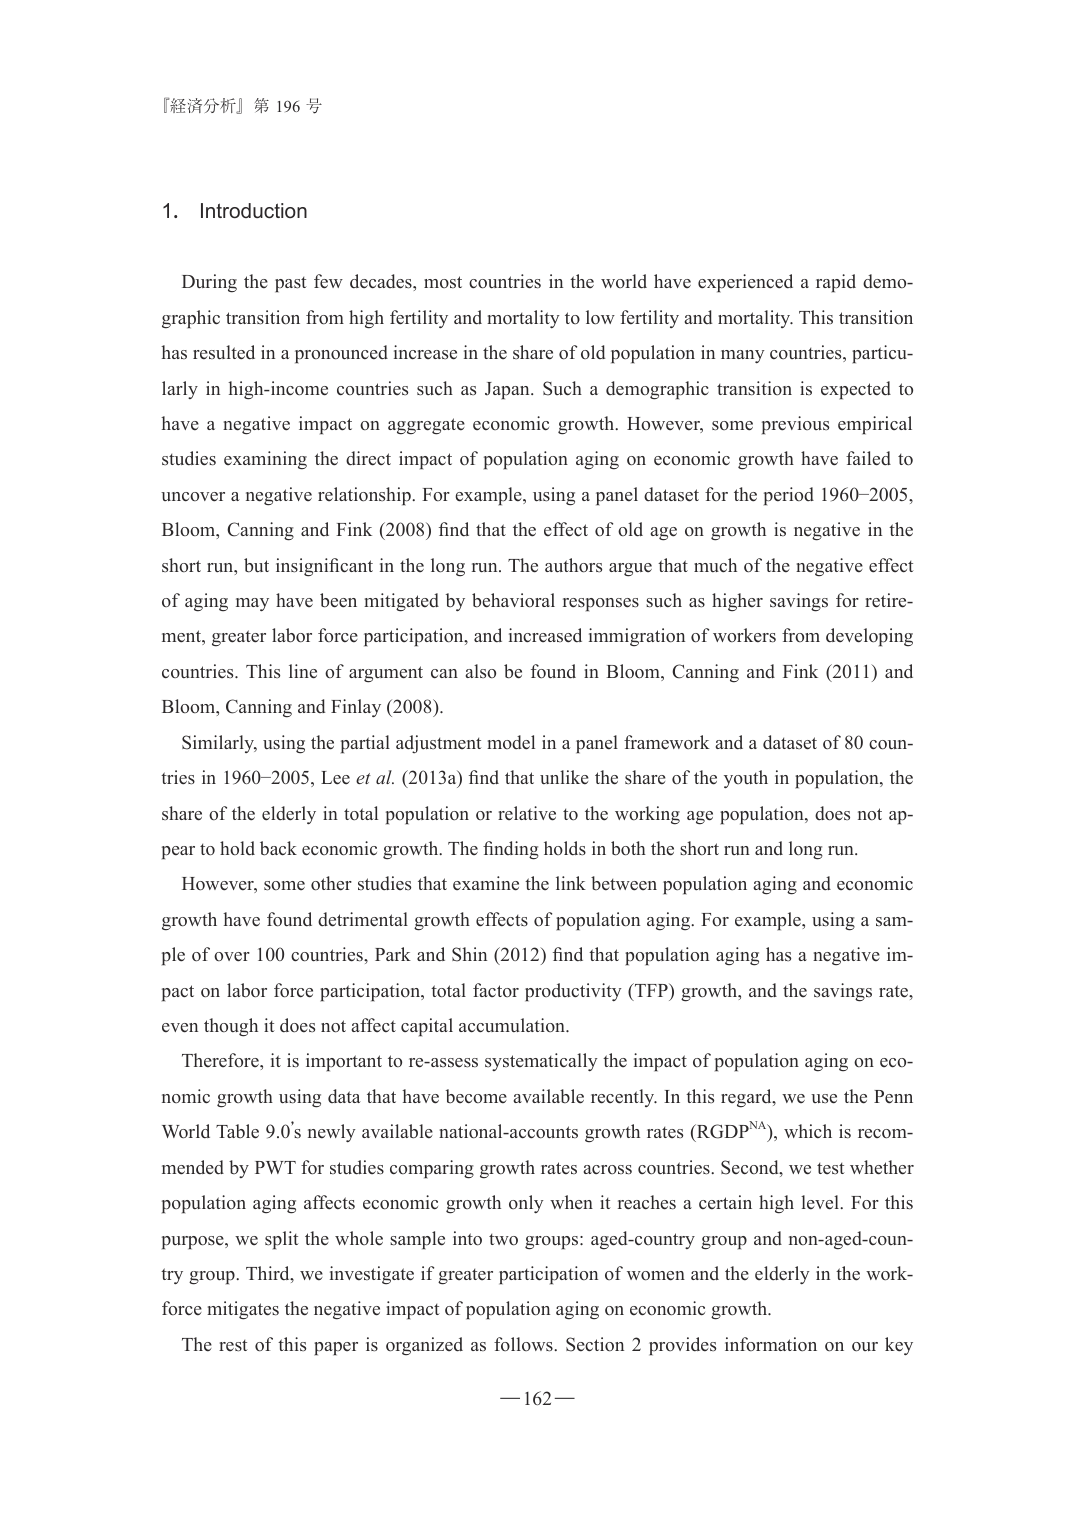
『経済分析』第 196 号

1. Introduction

During the past few decades, most countries in the world have experienced a rapid demographic transition from high fertility and mortality to low fertility and mortality. This transition has resulted in a pronounced increase in the share of old population in many countries, particularly in high-income countries such as Japan. Such a demographic transition is expected to have a negative impact on aggregate economic growth. However, some previous empirical studies examining the direct impact of population aging on economic growth have failed to uncover a negative relationship. For example, using a panel dataset for the period 1960–2005, Bloom, Canning and Fink (2008) find that the effect of old age on growth is negative in the short run, but insignificant in the long run. The authors argue that much of the negative effect of aging may have been mitigated by behavioral responses such as higher savings for retirement, greater labor force participation, and increased immigration of workers from developing countries. This line of argument can also be found in Bloom, Canning and Fink (2011) and Bloom, Canning and Finlay (2008).

Similarly, using the partial adjustment model in a panel framework and a dataset of 80 countries in 1960–2005, Lee et al. (2013a) find that unlike the share of the youth in population, the share of the elderly in total population or relative to the working age population, does not appear to hold back economic growth. The finding holds in both the short run and long run.

However, some other studies that examine the link between population aging and economic growth have found detrimental growth effects of population aging. For example, using a sample of over 100 countries, Park and Shin (2012) find that population aging has a negative impact on labor force participation, total factor productivity (TFP) growth, and the savings rate, even though it does not affect capital accumulation.

Therefore, it is important to re-assess systematically the impact of population aging on economic growth using data that have become available recently. In this regard, we use the Penn World Table 9.0’s newly available national-accounts growth rates (RGDPNA), which is recommended by PWT for studies comparing growth rates across countries. Second, we test whether population aging affects economic growth only when it reaches a certain high level. For this purpose, we split the whole sample into two groups: aged-country group and non-aged-country group. Third, we investigate if greater participation of women and the elderly in the workforce mitigates the negative impact of population aging on economic growth.

The rest of this paper is organized as follows. Section 2 provides information on our key

— 162 —